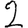
Digit: 2